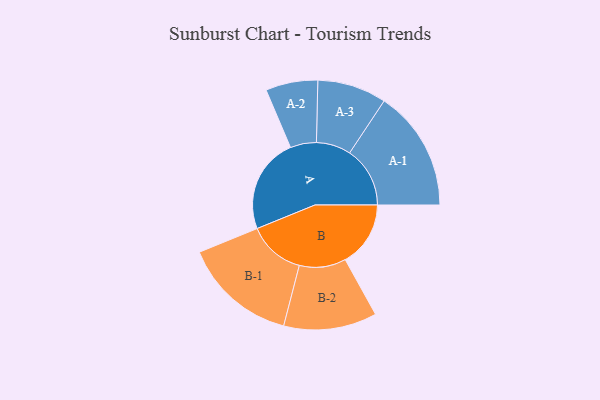
{"axis": {"x": "Segment", "y": "Value"}, "legend": ["", "A", "B"], "data": [{"x": "A", "y": 428, "type": ""}, {"x": "B", "y": 293, "type": ""}, {"x": "A-1", "y": 271, "type": "A"}, {"x": "A-2", "y": 117, "type": "A"}, {"x": "A-3", "y": 155, "type": "A"}, {"x": "B-1", "y": 256, "type": "B"}, {"x": "B-2", "y": 209, "type": "B"}]}